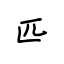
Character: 匹